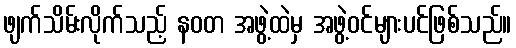
ဖျက်သိမ်းလိုက်သည့် နဝတ အဖွဲ့ထဲမှ အဖွဲ့ဝင်များပင်ဖြစ်သည်။